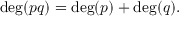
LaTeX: \deg ( p q ) = \deg ( p ) + \deg ( q ) .